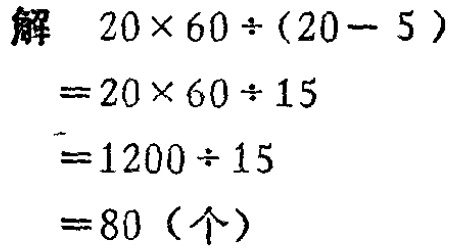
\[
\begin{align*}
&20\times60\div(20 - 5)\\
=&20\times60\div15\\
=&1200\div15\\
=&80 (\text{个})
\end{align*}
\]